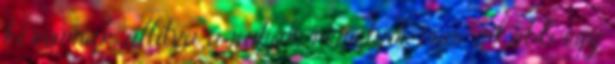
ki vannak állítva a ruhák, némelyik már inkább egy